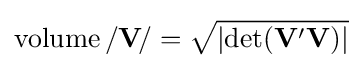
\operatorname {volume} /\mathbf {V} \!/={\sqrt {\left|\operatorname {det} (\mathbf {V} '\mathbf {V} )\right|}}